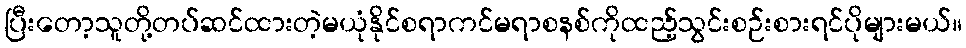
ပြီးတော့သူတို့တပ်ဆင်ထားတဲ့မယုံနိုင်စရာကင်မရာစနစ်ကိုထည့်သွင်းစဉ်းစားရင်ပိုများမယ်။